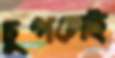
চুপসেই